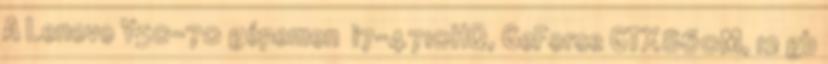
A Lenovo Y50-70 gépemen i7-4710HQ, GeForce GTX860M, 12 gb